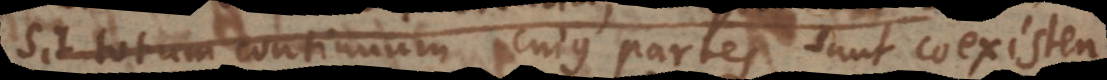
est totum continuum. Extensi partes sunt coexistentes.